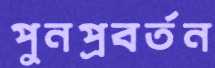
পুনপ্রবর্তন